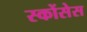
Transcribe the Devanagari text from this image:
स्कोंसेस